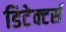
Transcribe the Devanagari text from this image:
डिटेक्टर्स